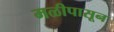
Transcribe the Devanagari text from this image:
मळीपासून